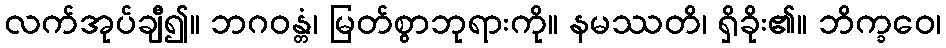
လက်အုပ်ချီ၍။ ဘဂဝန္တံ၊ မြတ်စွာဘုရားကို။ နမဿတိ၊ ရှိခိုး၏။ ဘိက္ခဝေ၊